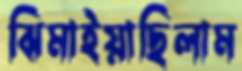
ঝিমাইয়াছিলাম